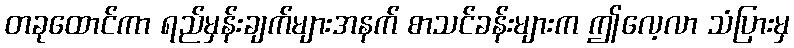
တခုထောင်ကာ ရည်မှန်းချက်များအနက် စာသင်ခန်းများက ဤလေ့လာ သံပြားမှ